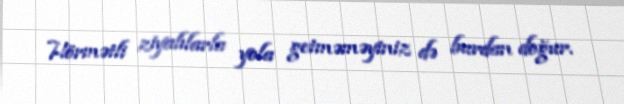
Hörmətli ziyalılarla yola getməməyiniz də burdan doğur.